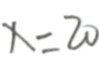
x = 2 0